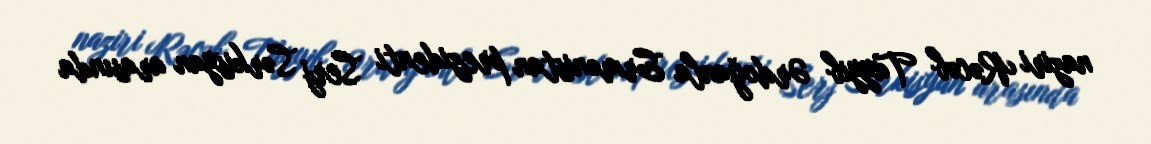
naziri Rəcəb Tayyib Ərdoğanla Ermənistan prezidenti Serj Sərkisyan arasında